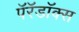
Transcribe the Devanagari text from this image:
पॅरॅडॉक्स